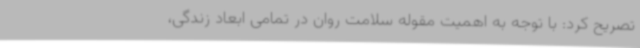
تصریح کرد: با توجه به اهمیت مقوله سلامت روان در تمامی ابعاد زندگی،